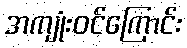
အကျုံးဝင်ကြောင်း